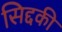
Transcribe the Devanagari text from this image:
सिद्दकी